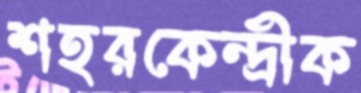
শহরকেন্দ্রীক